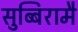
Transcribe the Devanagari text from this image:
सुब्बिरामै